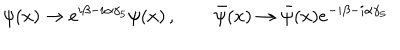
\psi ( x ) \to e ^ { i \beta - i \alpha \gamma _ { 5 } } \psi ( x ) \, , \qquad \bar { \psi } ( x ) \to \bar { \psi } ( x ) e ^ { - i \beta - i \alpha \gamma _ { 5 } }